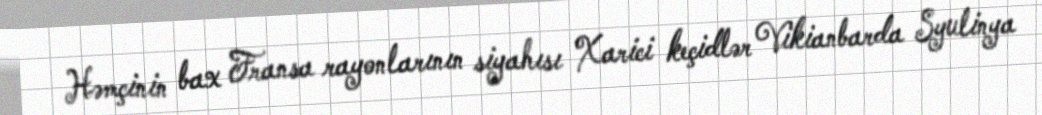
Həmçinin bax Fransa rayonlarının siyahısı Xarici keçidlər Vikianbarda Syulinya